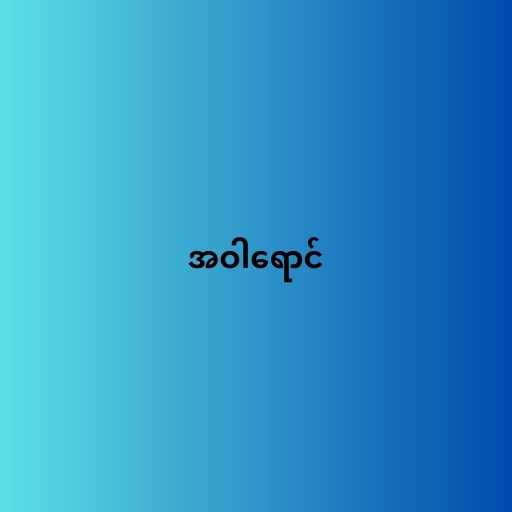
အဝါရောင်